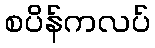
စပိန်ကလပ်